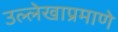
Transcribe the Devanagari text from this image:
उल्लेखाप्रमाणे